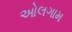
ઓલગામ